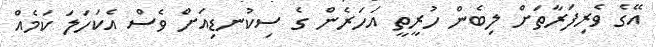
އޭގެ ވެރިފަރާތަށް ލިބެން ހުރީތީ އަހަރެން ގެ ސިކުނޑިއަށް ވެސް އެކަހަލަ ކަމެއް